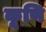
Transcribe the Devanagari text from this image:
कूणि